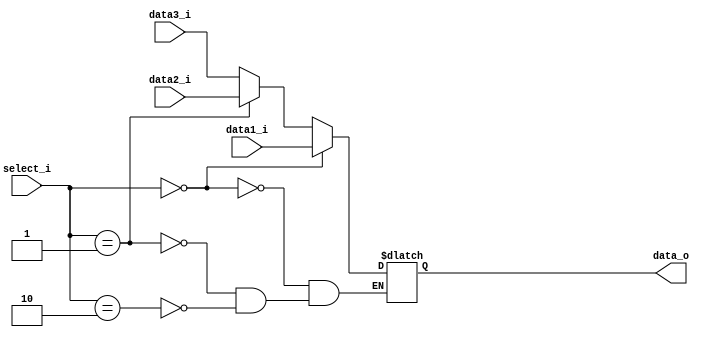
module MUX32(
    data1_i    ,
    data2_i    ,
    data3_i    ,
    select_i   ,
    data_o     
);

input [31:0] data1_i;
input [31:0] data2_i;
input [31:0] data3_i;
input [1:0]  select_i;
output reg [31:0] data_o;

always @(data1_i or data2_i or data3_i or select_i) begin
	if (select_i == 2'b00) begin // operand come from register file
		data_o <= data1_i;
	end
    else if (select_i == 2'b01) begin // operand come from data memory
        data_o <= data2_i;
    end
	else if (select_i == 2'b10) begin //operand come from previous ALU result
		data_o <= data3_i;
	end
end

endmodule